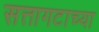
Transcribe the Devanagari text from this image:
सत्तागटाच्या